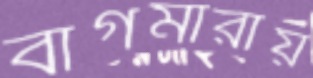
বাগমারায়